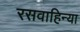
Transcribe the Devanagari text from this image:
रसवाहिन्या